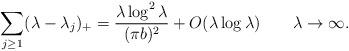
LaTeX: \begin{align*}\sum_{j\ge1}(\lambda-\lambda_j)_+=\frac{\lambda\log^{2}\lambda}{(\pi b)^2}+O(\lambda\log\lambda)\quad\quad\lambda\to\infty. \end{align*}